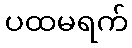
ပထမရက်